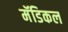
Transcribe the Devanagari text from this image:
मॅडिकल